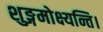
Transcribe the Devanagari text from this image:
शुङ्गमोक्ष्यन्ति।